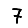
Digit: 7